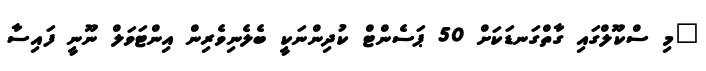
"މި ސްކޫލްގައި ގާތްގަނޑަކަށް 50 ޕަސެންޓް ކުދިންނަކީ ބެލެނިވެރިން އިންޓަވަލް ނޫނީ ފައިސާ